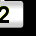
Digit: 2